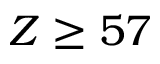
Z \ge 5 7